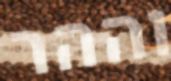
וההר